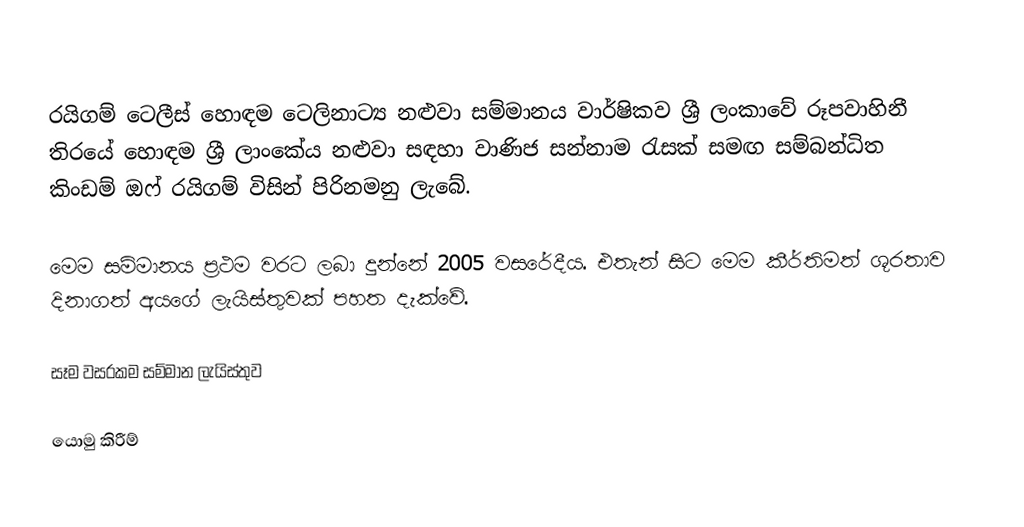
රයිගම් ටෙලීස් හොඳම ටෙලිනාට්‍ය නළුවා සම්මානය වාර්ෂිකව ශ්‍රී ලංකාවේ රූපවාහිනී තිරයේ හොඳම ශ්‍රී ලාංකේය නළුවා සඳහා වාණිජ සන්නාම රැසක් සමඟ සම්බන්ධිත කිංඩම් ඔෆ් රයිගම් විසින් පිරිනමනු ලැබේ.

මෙම සම්මානය ප්‍රථම වරට ලබා දුන්නේ 2005 වසරේදීය. එතැන් සිට මෙම කීර්තිමත් ශූරතාව දිනාගත් අයගේ ලැයිස්තුවක් පහත දැක්වේ.

සෑම වසරකම සම්මාන ලැයිස්තුව

යොමු කිරීම්